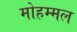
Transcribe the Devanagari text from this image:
मोहम्मल